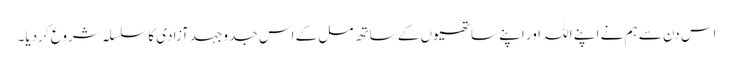
اس دن سے ہم نے اپنے اللہ اور اپنے ساتھیوں کے ساتھ مل کے اس جد وجہد آزادی کا سلسلہ شروع کردیا۔